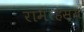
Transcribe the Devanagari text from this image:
रामरहस्य